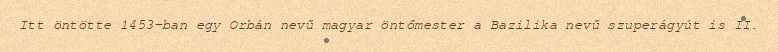
Itt öntötte 1453-ban egy Orbán nevű magyar öntőmester a Bazilika nevű szuperágyút is II.